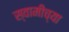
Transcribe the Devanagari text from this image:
स्‍वामीच्‍या